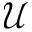
\mathscr { U }